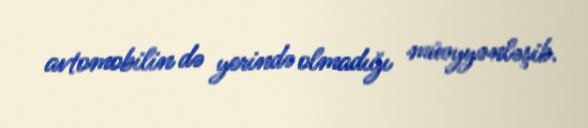
avtomobilin də yerində olmadığı müəyyənləşib.